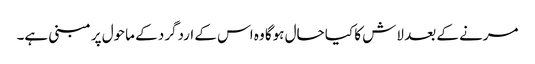
مرنے کے بعد لاش کا کیا حال ہوگا وہ اس کے اردگرد کے ماحول پر مبنی ہے۔